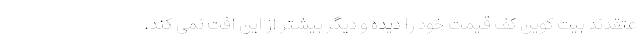
عتقدند بیت کوین کف قیمت خود را دیده و دیگر بیشتر از این افت نمی کند.